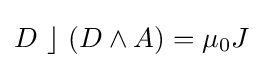
D~\rfloor ~(D\wedge A)=\mu _{0}J